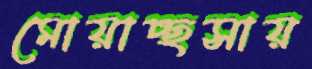
মোয়াচ্ছসায়